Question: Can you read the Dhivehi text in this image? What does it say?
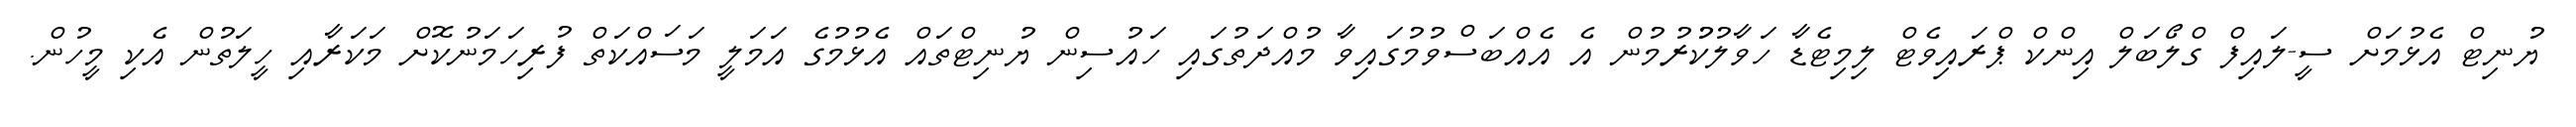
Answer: ޔުނިޓް އެޅުމަށް ސީ-ލައިފް ގްލޯބަލް އިންކް ޕްރައިވެޓް ލިމިޓެޑާ ހަވާލުކުުރުމުން އެ އެއްބަސްވުމުގައިވާ މުއްދަތުގައި ހައުސިން ޔުނިޓްތައް އެޅުމުގެ އަމަލީ މަސައްކަތް ފުރިހަމަނުކޮށް މަކަރާއި ހީލަތުން އެކި މީހުން.